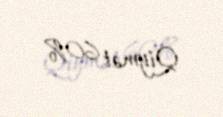
Qiymət 60%